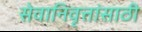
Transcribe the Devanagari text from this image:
सेवानिवृत्तांसाठी